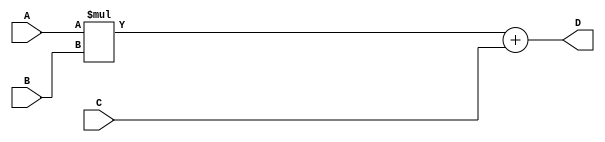
module FMA_unit (
    input wire [31:0] A,
    input wire [31:0] B,
    input wire [31:0] C,
    output reg [31:0] D
);

// Intermediate result from multiplication
reg [31:0] mult_result;

// Arithmetic block for multiplication
always @*
begin
    mult_result = A * B;
end

// Arithmetic block for addition
always @(*)
begin
    D = mult_result + C;
end

endmodule